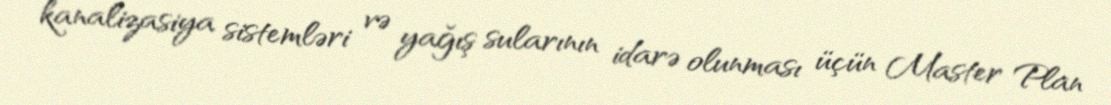
kanalizasiya sistemləri və yağış sularının idarə olunması üçün Master Plan